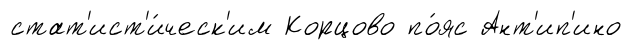
стат'ист'и́ческ'им Корцово по́яс Ант'ип'ино